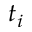
t _ { i }